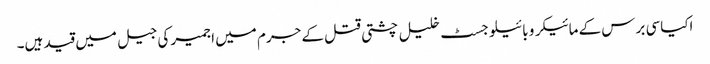
اکیاسی برس کے مائیکرو بائیلوجسٹ خلیل چشتی قتل کے جرم میں اجمیر کی جیل میں قید ہیں۔